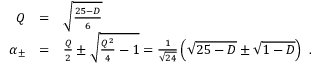
\begin{array} { r c l } { { Q } } & { { = } } & { { \sqrt { \frac { 2 5 - D } { 6 } } } } \\ { { \alpha _ { \pm } } } & { { = } } & { { \frac { Q } { 2 } \pm \sqrt { \frac { Q ^ { 2 } } { 4 } - 1 } = \frac { 1 } { \sqrt { 2 4 } } \left( \sqrt { 2 5 - D } \pm \sqrt { 1 - D } \right) \ . } } \end{array}